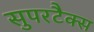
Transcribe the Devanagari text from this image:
सुपरटैक्स